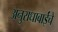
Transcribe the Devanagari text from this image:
अनुराधाबाईंचे